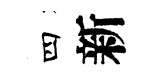
四新